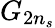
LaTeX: G_{2n_{s}}